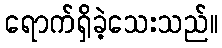
ရောက်ရှိခဲ့သေးသည်။